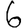
Digit: 6